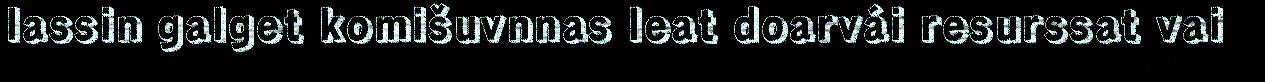
lassin galget komišuvnnas leat doarvái resurssat vai